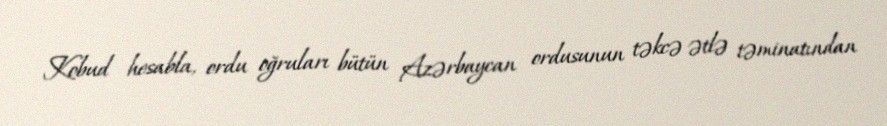
Kobud hesabla, ordu oğruları bütün Azərbaycan ordusunun təkcə ətlə təminatından